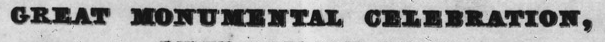
GREAT MONUMENTAL CELEBRATION,